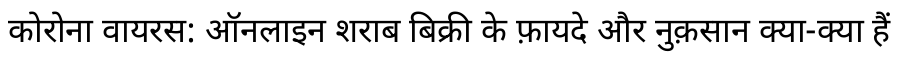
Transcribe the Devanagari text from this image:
कोरोना वायरस: ऑनलाइन शराब बिक्री के फ़ायदे और नुक़सान क्या-क्या हैं